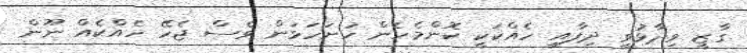
ގާޒީ ވިދާޅުވީ ދިފާއީ ހެއްކަކީ ކޮންމެހެން ހުށަހަޅަން ވެސް ޖެހޭ ހެއްކެއް ނޫން